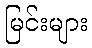
မြင်းများ